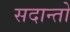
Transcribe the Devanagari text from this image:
सदान्तो